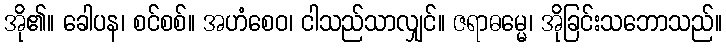
အို၏။ ခေါပန၊ စင်စစ်။ အဟံစေဝ၊ ငါသည်သာလျှင်။ ဇရာဓမ္မေ၊ အိုခြင်းသဘောသည်။